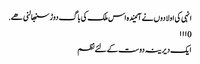
انہی کی اولادوں نے آئیندہ اس ملک کی باگ دوڑ سنبھالنی ھے.
0 ۱۱۱
ایک دیرینہ دوست کےلئے نظم